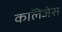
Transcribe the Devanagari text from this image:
काॅलेजेस